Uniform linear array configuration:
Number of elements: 32
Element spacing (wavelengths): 1
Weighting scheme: uniform
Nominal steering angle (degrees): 30
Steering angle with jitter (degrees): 29.103
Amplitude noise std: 0.05
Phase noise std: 0.05

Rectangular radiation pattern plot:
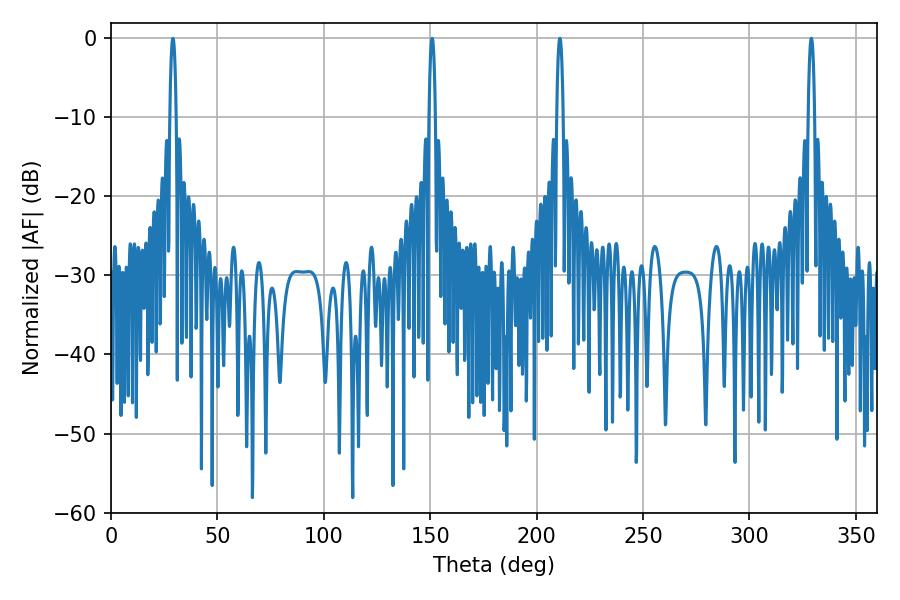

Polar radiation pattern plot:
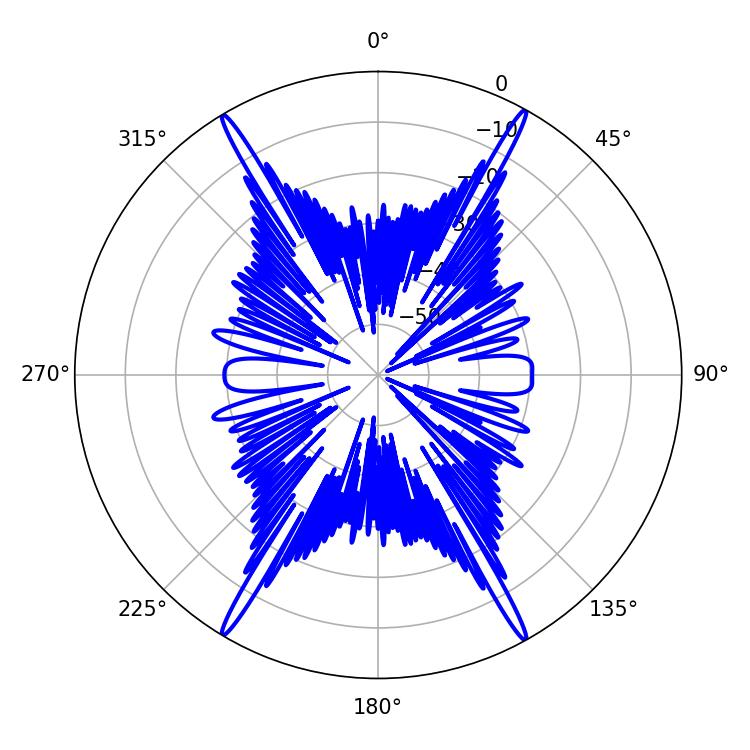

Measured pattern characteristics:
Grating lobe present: TRUE
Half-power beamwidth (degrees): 1.62
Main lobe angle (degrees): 329.04